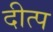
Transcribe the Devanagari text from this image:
दीत्प